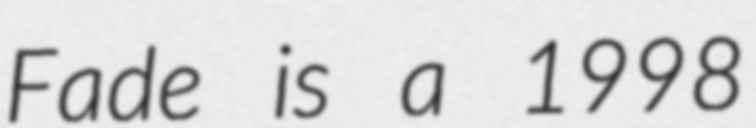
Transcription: Fade is a 1998